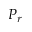
P _ { r }